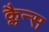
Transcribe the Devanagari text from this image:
क्लैन्स